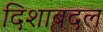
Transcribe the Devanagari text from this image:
दिशाबदल